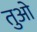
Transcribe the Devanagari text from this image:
तुओ